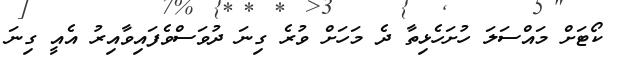
ކޯޓަށް މައްސަލަ ހުށަހެޅިތާ ދެ މަހަށް ވުރެ ގިނަ ދުވަސްވެފައިވާއިރު އެއީ ގިނަ